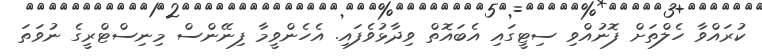
ކުރައްވާ ހެލްތަށް ފޮނުއްވި ސިޓީގައި އެބައޮތް ވިދާޅުވެފައި. އެހެންވީމާ ފިނޭންސް މިނިސްޓްރީގެ ނުވަތަ